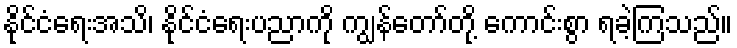
နိုင်ငံရေးအသိ၊ နိုင်ငံရေးပညာကို ကျွန်တော်တို့ ကောင်းစွာ ရခဲ့ကြသည်။